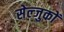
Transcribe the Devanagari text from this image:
सेल्जुकों